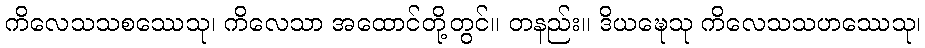
ကိလေသသစဿေသု၊ ကိလေသာ အထောင်တို့တွင်။ တနည်း။ ဒိယဍ္ဎေသု ကိလေသသဟဿေသု၊